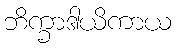
ဘိက္ခာဒါယိကာယ